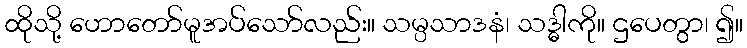
ထိုသို့ ဟောတော်မူအပ်သော်လည်း။ သမ္ပသာဒနံ၊ သဒ္ဓါကို။ ဌပေတွာ၊ ၍။